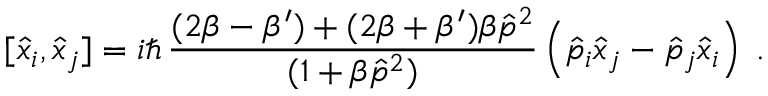
[ \hat { x } _ { i } , \hat { x } _ { j } ] = i \hbar \, \frac { ( 2 \beta - \beta ^ { \prime } ) + ( 2 \beta + \beta ^ { \prime } ) \beta \hat { p } ^ { 2 } } { ( 1 + \beta \hat { p } ^ { 2 } ) } \left( \hat { p } _ { i } \hat { x } _ { j } - \hat { p } _ { j } \hat { x } _ { i } \right) \; .